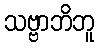
သဗ္ဗာဘိဘူ